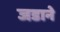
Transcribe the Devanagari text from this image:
जडाने